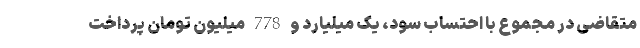
متقاضی در مجموع با احتساب سود، یک میلیارد و 778 میلیون تومان پرداخت